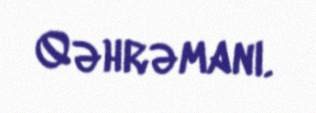
Qəhrəmanı.